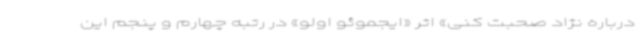
درباره نژاد صحبت کنی» اثر «ایجموئو اولو» در رتبه چهارم و پنجم این